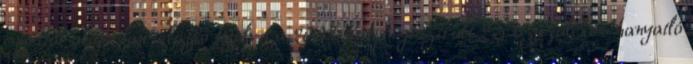
egyúttal alaposan túlszárnyalva a 2008-ban regisztrált 2,5 százalékos hanyatló